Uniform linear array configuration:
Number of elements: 4
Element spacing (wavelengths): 1
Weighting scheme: uniform
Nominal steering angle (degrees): -30
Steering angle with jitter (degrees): -30.933
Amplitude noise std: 0.05
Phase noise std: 0.05

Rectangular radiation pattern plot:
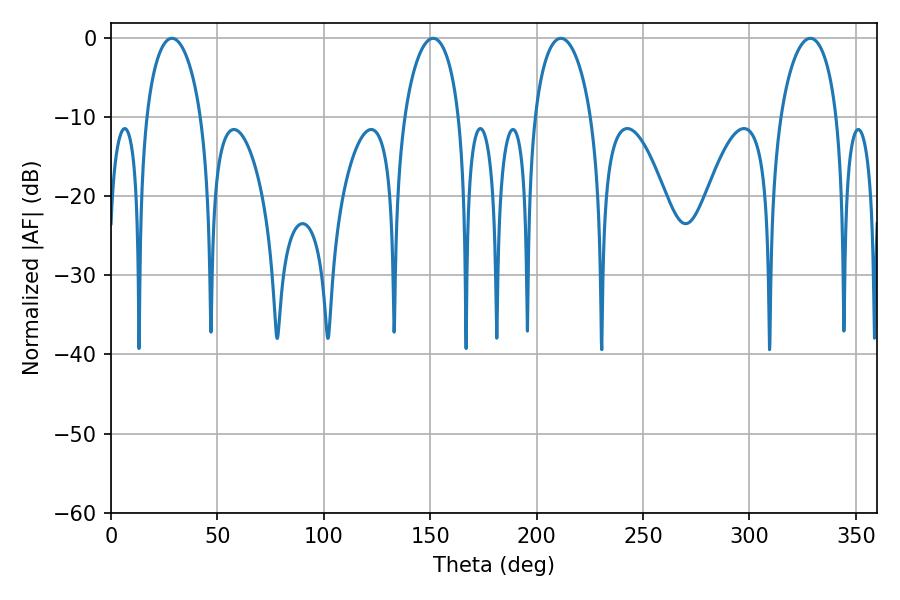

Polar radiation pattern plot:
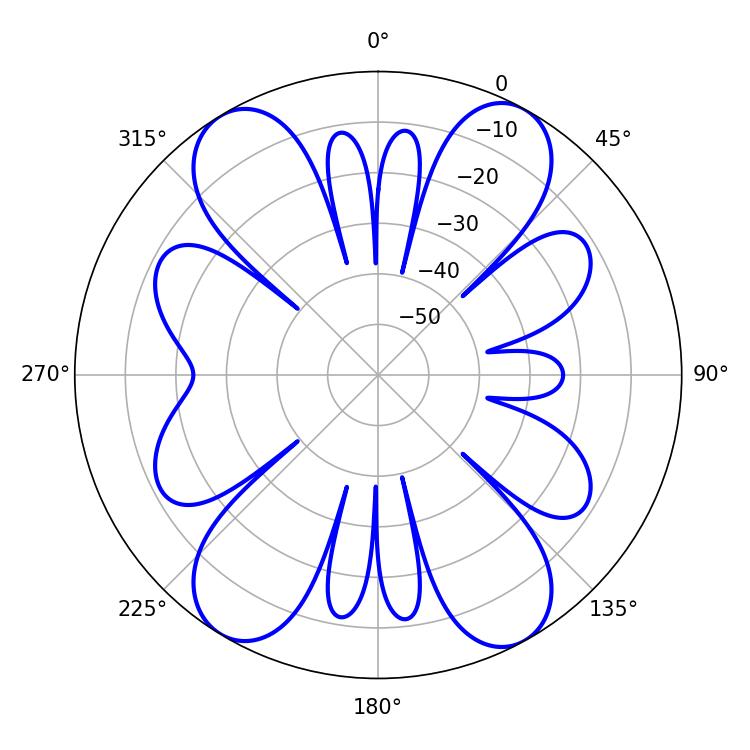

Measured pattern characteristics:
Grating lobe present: TRUE
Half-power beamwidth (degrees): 14.94
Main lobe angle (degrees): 28.62